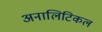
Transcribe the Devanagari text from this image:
अनालिटिकल